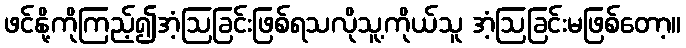
ဖင်နို့ကိုကြည့်၍အံ့ဩခြင်းဖြစ်ရသလိုသူ့ကိုယ်သူ အံ့ဩခြင်းမဖြစ်တော့။